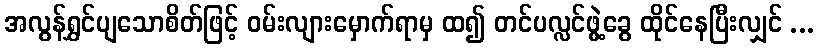
အလွန်ရွှင်ပျသောစိတ်ဖြင့် ဝမ်းလျားမှောက်ရာမှ ထ၍ တင်ပလ္လင်ဖွဲ့ခွေ ထိုင်နေပြီးလျှင် ...